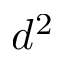
d ^ { 2 }